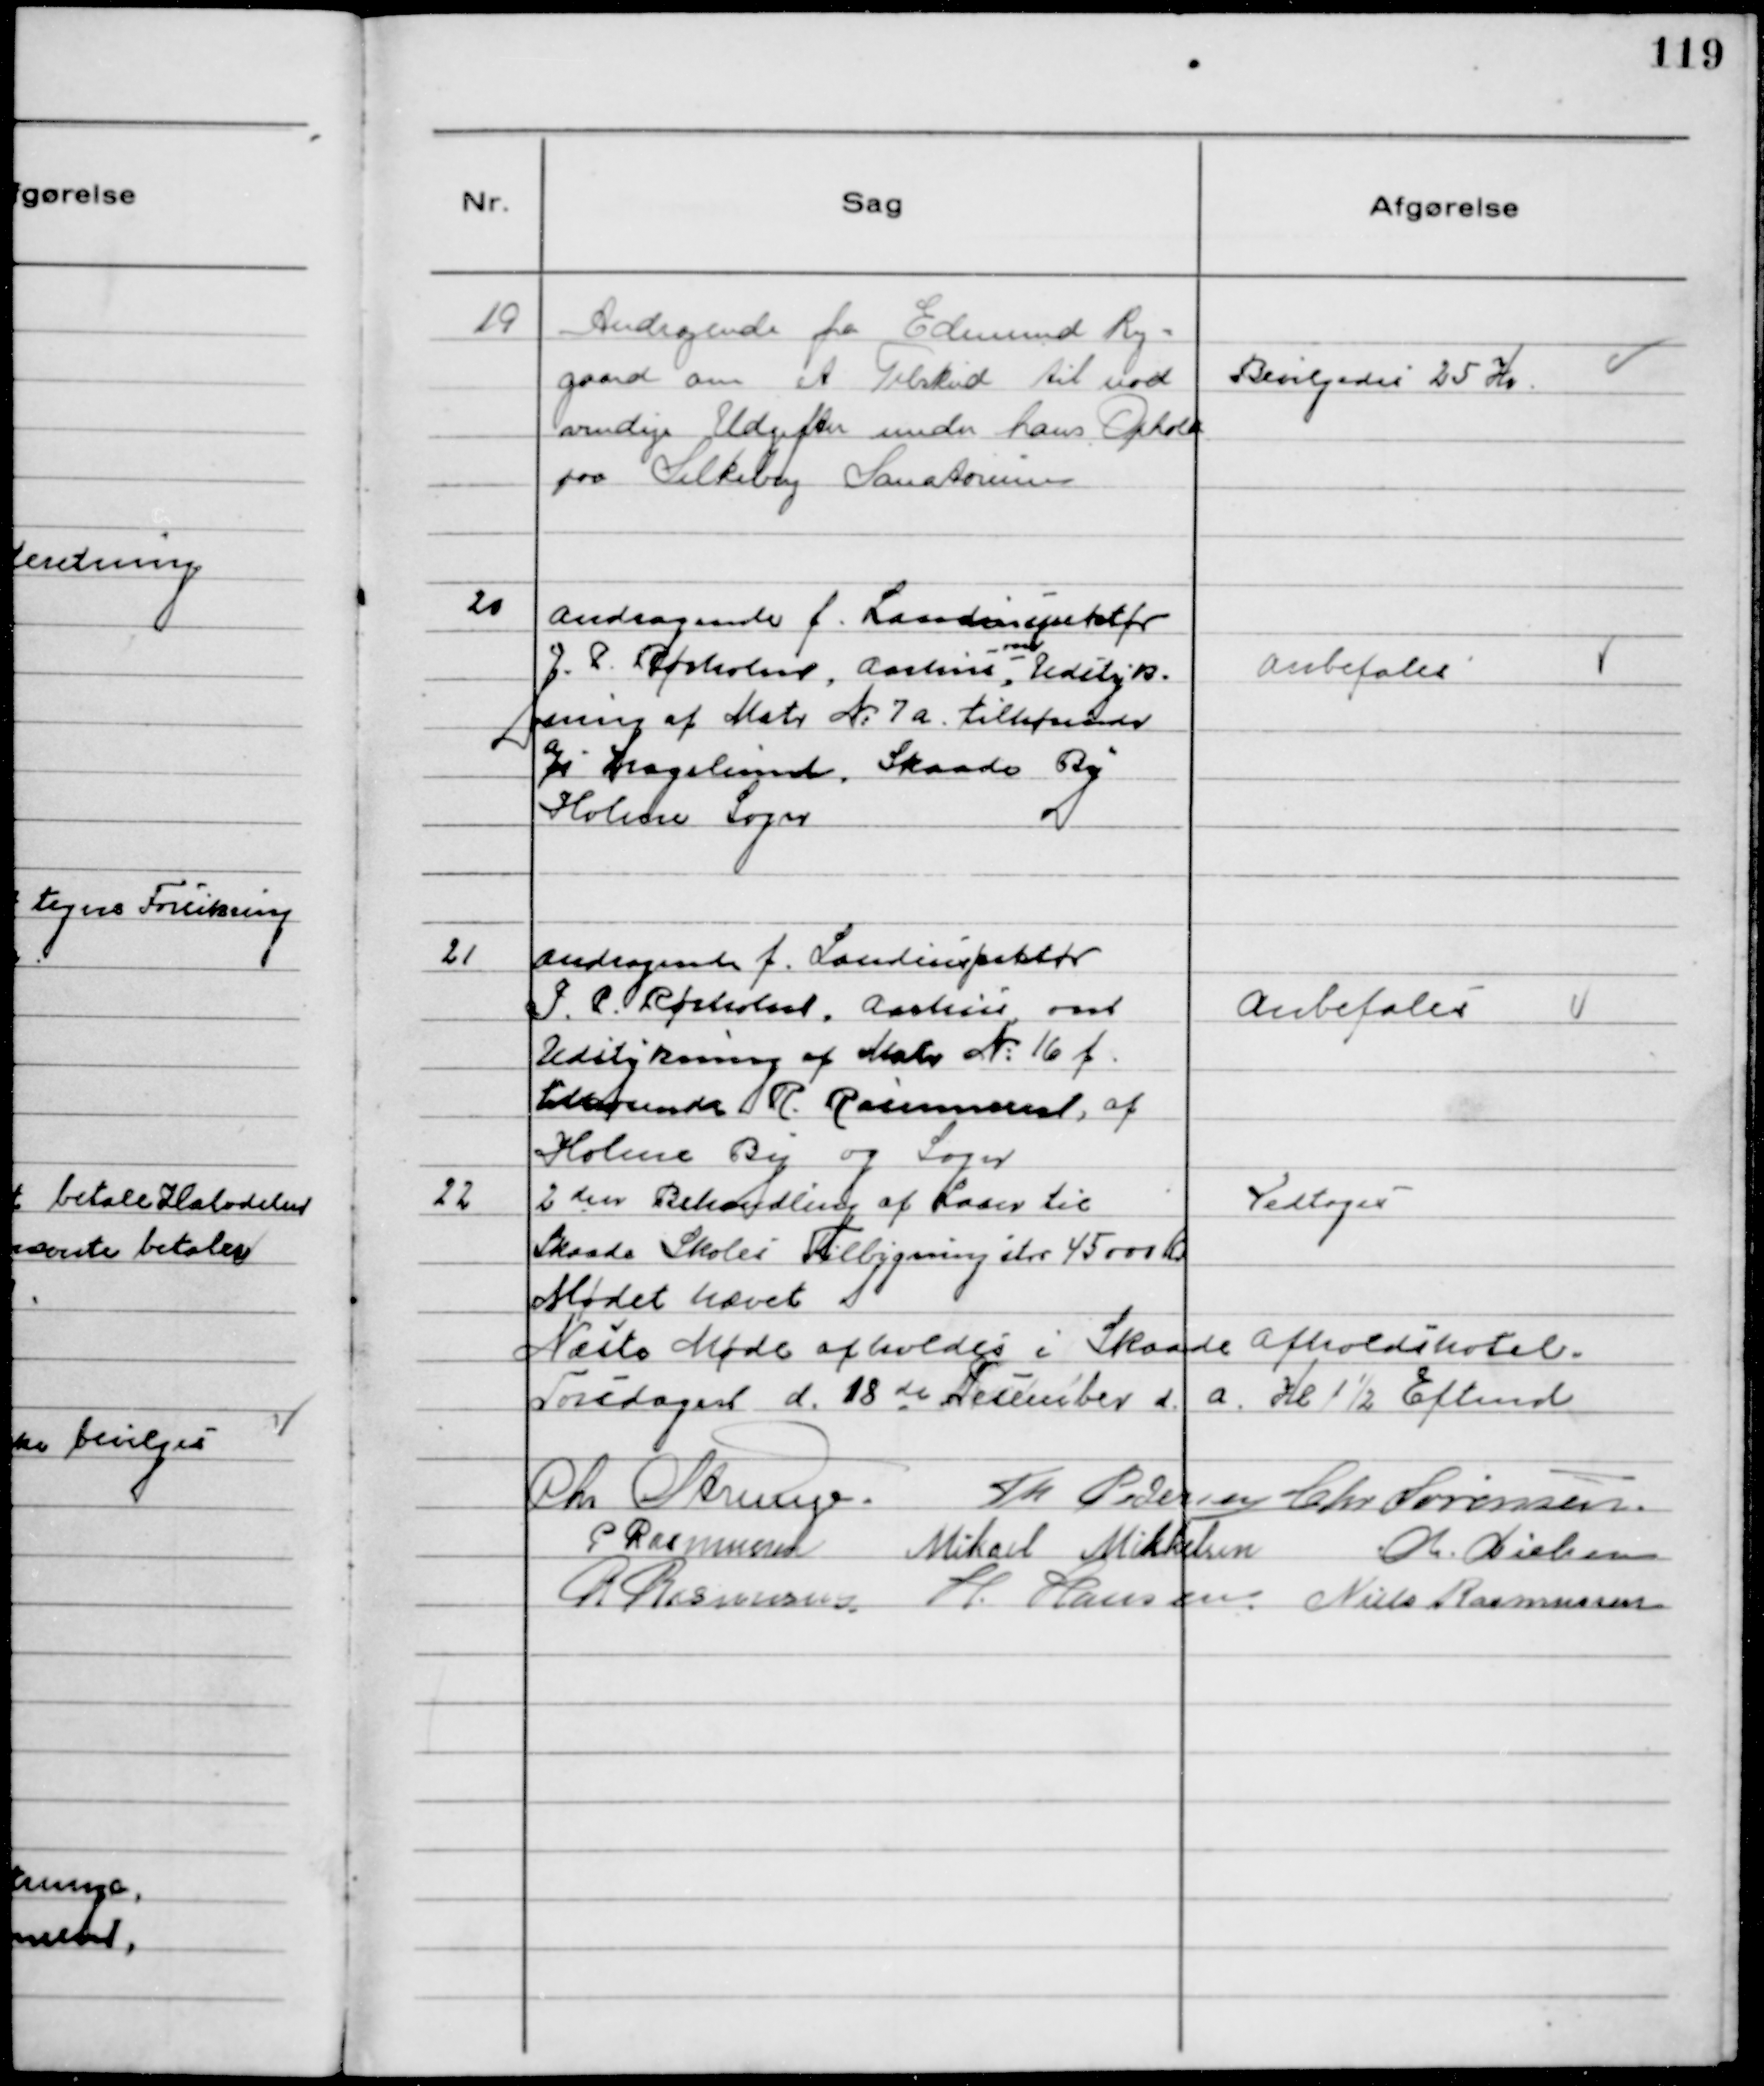
Transskription:
19
Andragende fra Edmund Ry
gaard om et Tilskud til nød
vendige Udgifter under hans Ophold
paa Silkeborg Sanatorium

Bevilgedes 25 Kr.

20
Andragende f. Landinspektør
J.P. Rørholm, Aarhus, om Udstyk-
ning af Matr №7 a tilhørende
J Kragelund, Skaade By
Holme Sogn

Anbefales

21
Andragende f. Landinspektør
J.P. Rørholm, Aarhus, om
Udstykning af Matr №16 f
tilhørende R. Rasmussen, af
Holme By og Sogn

Anbefales

22
2den Behandling af Laan til
Skaade Skoles Tilbygning stor 45000 Kr

Vedtoges

Mødet Hævet
Næste Møde afholdes i Skaade Afholdshotel.
Torsdagen d. 18 de December d.a. Kl 1½ Eftemd
Chr Strunge
Th Pdersen Chr Sørensen.
P Rasmussen Mikael Mikkelsen
Chr. Nielsen
R Rasmussen
H. Hansen Niels Rasmussen